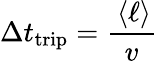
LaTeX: \Delta t_{\mathrm{trip}}=\frac{\, \langle\ell\rangle}{v}